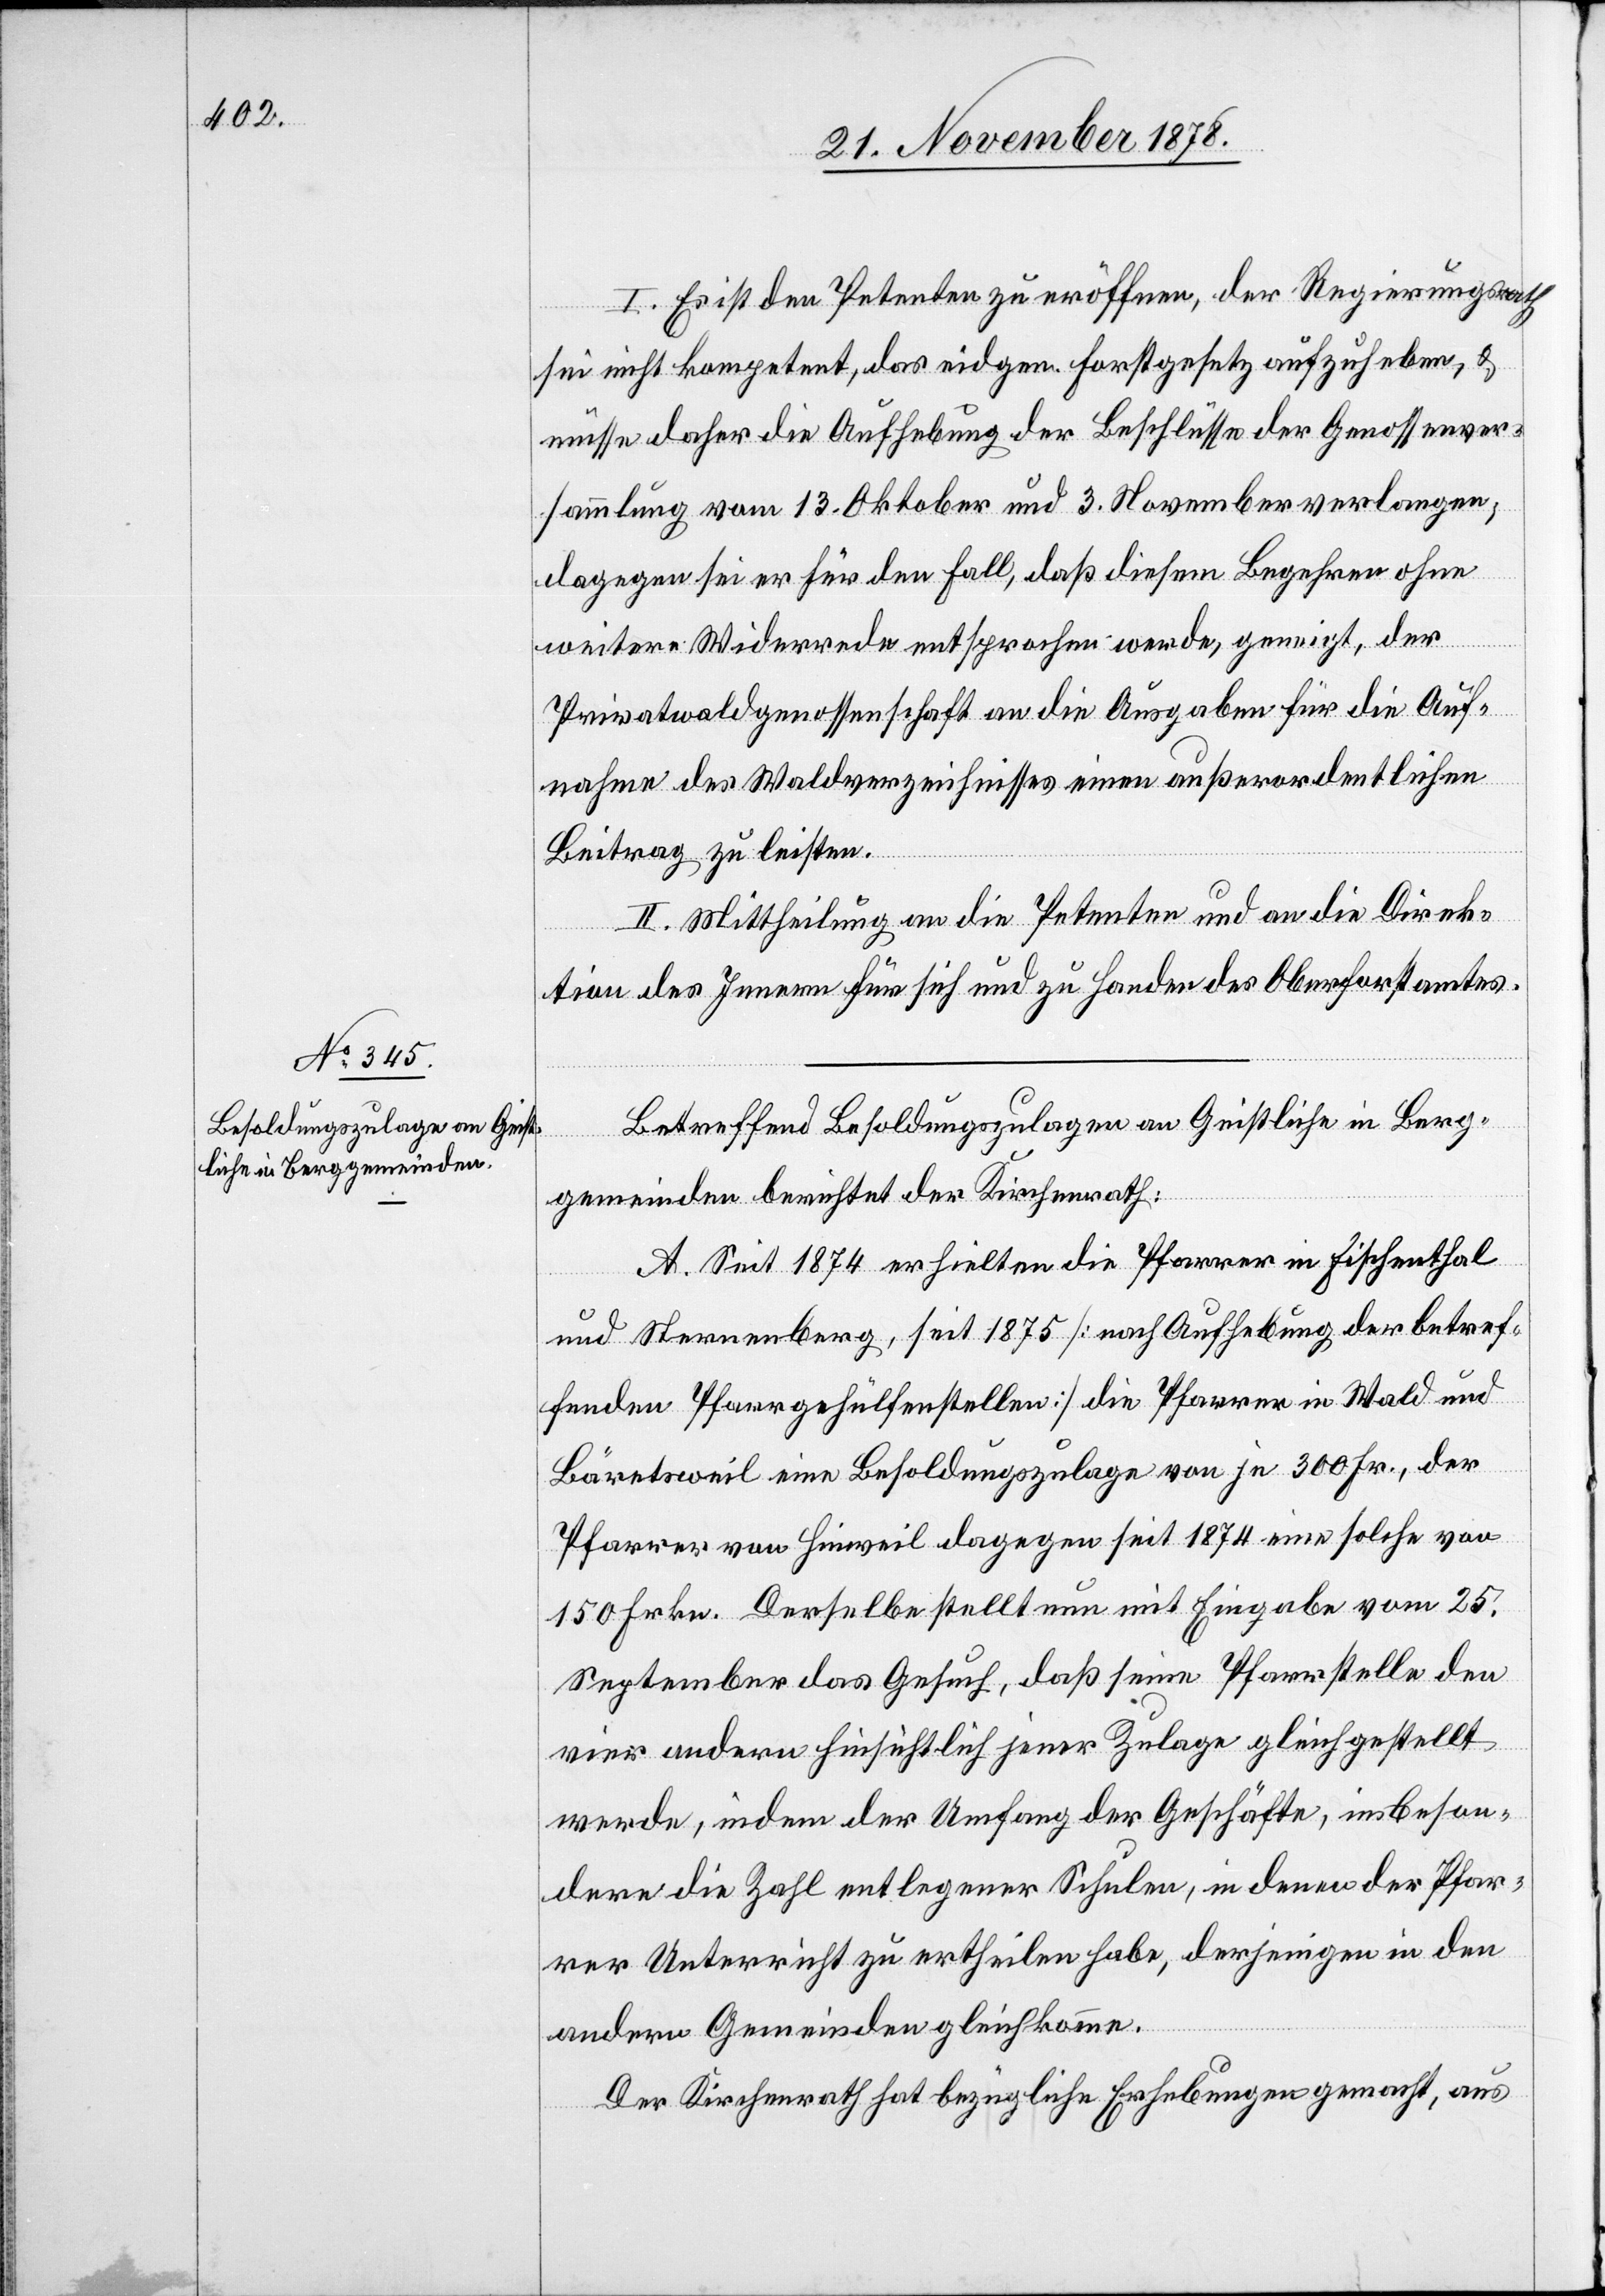
I. Es ist den Petenten zu eröffnen, der Regierungsrath
sei nicht kompetent, das eidgen. Forstgesetz aufzuheben, &
müsse daher die Aufhebung der Beschlüsse der Genossenver¬
sammlung vom 13. Oktober und 3. November verlangen;
dagegen sei er für den Fall, daß diesem Begehren ohne
weitere Widerrede entsprochen werde, geneigt, der
Privatwaldgenossenschaft an die Ausgaben für die Auf¬
nahme des Waldverzeichnisses einen außerordentlichen
Beitrag zu leisten.
II. Mittheilung an die Petenten und an die Direk¬
tion des Innern für sich und zu Handen des Oberforstamtes.
Betreffend Besoldungszulagen an Geistliche in Berg¬
gemeinden berichtet der Kirchenrath:
A. Seit 1874 erhielten die Pfarrer in Fischenthal
und Sternenberg, seit 1875 [nach Aufhebung der betref¬
fenden Pfarrgehülfenstellen] die Pfarrer in Wald und
Bäretsweil eine Besoldungszulage von je 300 Fr., der
Pfarrer von Hinweil dagegen seit 1874 eine solche von
150 Frkn. Derselbe stellt nun mit Eingabe vom 25.
September das Gesuch, daß seine Pfarrstelle den
vier andern hinsichtlich jener Zulage gleichgestellt
werde, indem der Umfang der Geschäfte, insbeson¬
dere die Zahl entlegener Schulen, in denen der Pfar¬
rer Unterricht zu ertheilen habe, derjenigen in den
andern Gemeinden gleichkomme.
Der Kirchenrath hat bezügliche Erhebungen gemacht, aus